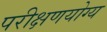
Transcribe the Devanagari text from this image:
परीक्षणयोग्य